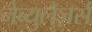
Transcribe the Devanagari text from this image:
नेब्युलैज़र्स